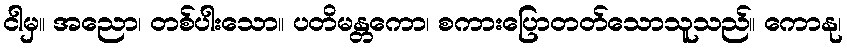
ငါမှ။ အညော၊ တစ်ပါးသော။ ပတိမန္တကော၊ စကားပြောတတ်သောသူသည်။ ကောနု၊